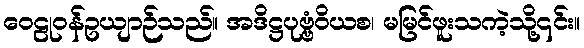
ဝေဠုဝန်ဥယျာဉ်သည်။ အဒိဋ္ဌပုဗ္ဗံဝိယစ၊ မမြင်ဖူးသကဲ့သို့၎င်း။